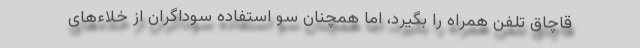
قاچاق تلفن همراه را بگیرد، اما همچنان سو استفاده سوداگران از خلاءهای